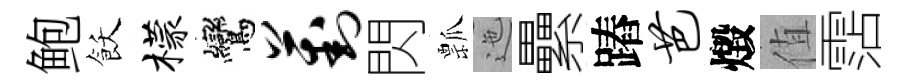
鲍飫檬鸞葑閃瓢迤纍蹖芭燬值霑